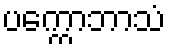
ပက္ကောဘာသံ